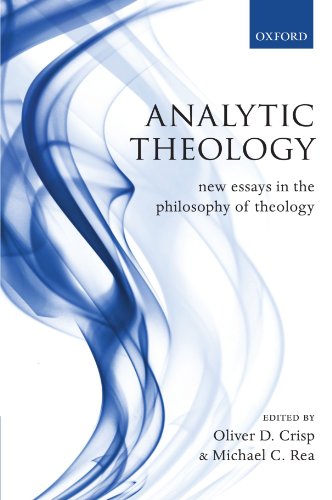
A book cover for Analytic Theology: New Essays in the Philosophy of Theology; Politics & Social Sciences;